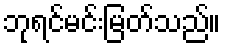
ဘုရင်မင်းမြတ်သည်။